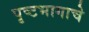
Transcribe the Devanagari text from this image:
पृष्टभागाचे